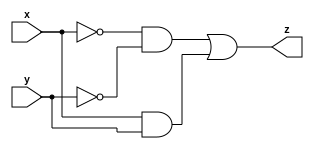
//Taken from 2015 midterm question 4

//Circuit B can be described by the following simulation waveform:

//row x   y   z
//1   0   0   1
//2   1   0   0
//3   0   1   0
//4   1   1   1

module top_module ( input x, input y, output z );

    assign z = (~x & ~y) | //row1
               (x & y); //row4

endmodule